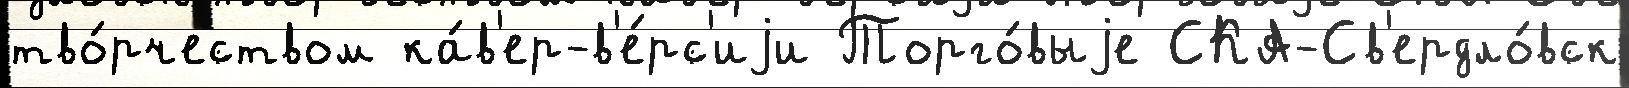
тво́рчеством ка́в'ер-в'е́рс'иjи Торго́выjе СКА-Св'ердло́вск